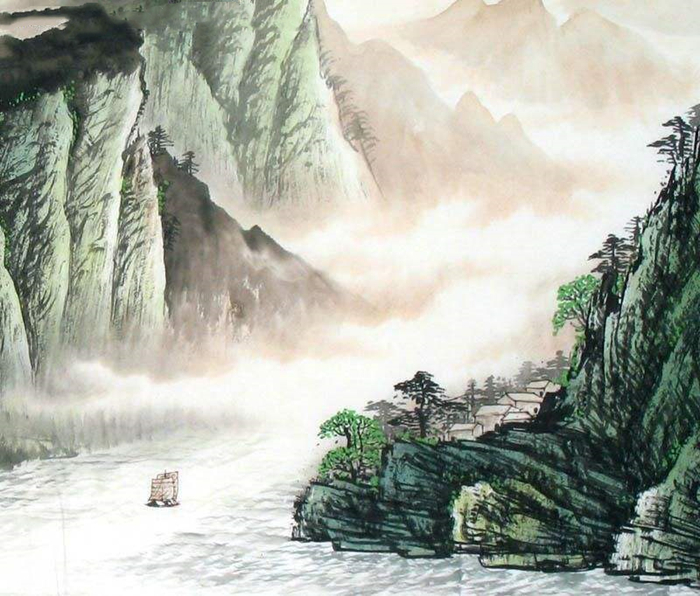
荆吴相接水为乡，君去春江正淼茫。